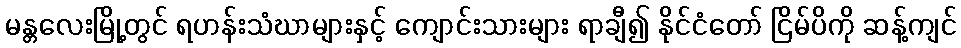
မန္တလေးမြို့တွင် ရဟန်းသံဃာများနှင့် ကျောင်းသားများ ရာချီ၍ နိုင်ငံတော် ငြိမ်ပိကို ဆန့်ကျင်